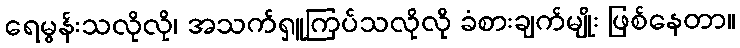
ရေမွန်းသလိုလို၊ အသက်ရှူကြပ်သလိုလို ခံစားချက်မျိုး ဖြစ်နေတာ။